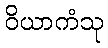
ဝိယာကံသု